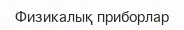
Физикалық приборлар